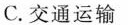
C.交通运输